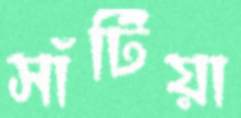
সাঁটিয়া